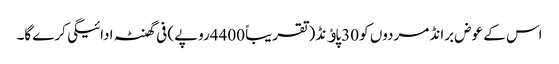
اس کے عوض برانڈ مردوں کو 30پاﺅنڈ (تقریباً 4400روپے) فی گھنٹہ ادائیگی کرے گا۔